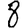
Digit: 8